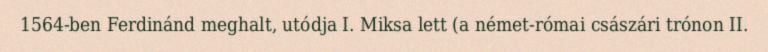
1564-ben Ferdinánd meghalt, utódja I. Miksa lett (a német-római császári trónon II.